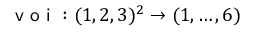
\textsf { v o i } : ( 1 , 2 , 3 ) ^ { 2 } \to ( 1 , \ldots , 6 )